Vaccination Hyderabad 1890-1903 - 1890-1903
Year: 1890
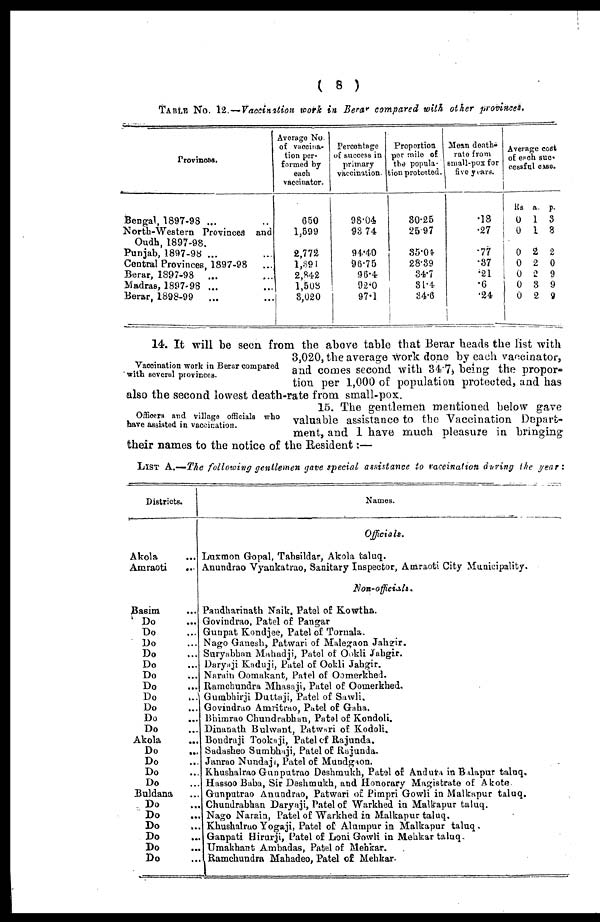
( 8 )
TABLE No. 12.—Vaccination work in Berar compared with other provinces.
Provinces.
Bengal, 1897-98 ... ..
North-Western Provinces and
Oudh, 1897-98.
Punjab, 1897-98 ... ...
Central Provinces, 1897-98 ...
Berar, 1897-98
... ...
Madras, 1897-98 ...
Berar, 1898-99
...
Average No.
of vaccina-
tion per-
formed by
each
vaccinator.
650
1,599
2,772
1,391
2,842
1,508
3,020
Percentage
of success in
primary
vaccination.
98.04
93.74
94.40
96.75
96.4
92.0
97.1
Proportion
per mile of
the popula-
tion protected.
30.25
25.97
35.04
28.89
34.7
31.4
34.6
Mean death¬
rate from
small-pox for
five years.
.18
.27
.77
.37
.21
.6
.24
Average coat
of each suc¬
cessful ease.
Rs
0
0
0
0
0
0
0
a.
1
1
2
2
2
3
2
p.
3
8
2
0
9
9
9
Vaccination work in Berar compared
with several provinces.
14. It will be seen from the above table that Berar heads the list with
3,020, the average work done by each vaccinator,
and comes second with 34.7, being the propor-
tion per 1,000 of population protected, and has
also the second lowest death-rate from small-pox.
Officers and village officials who
have assisted in vaccination.
15. The gentlemen mentioned below gave
valuable assistance to the Vaccination Depart-
ment, and 1 have much pleasure in bringing
their names to the notice of the Resident :—
LIST A.—The following gentlemen gave special assistance to vaccination during the year:
Districts.
Akola
...
Amraoti
...
Basim ...
Do
...
Do ...
Do ...
Do ...
Do ...
Do ...
Do
...
Do
...
Do ...
Do ...
Do ...
Akola
...
Do ...
Do ...
Do ...
Do ...
Buldana ...
Do ...
Do ...
Do
...
Do ...
Do ...
Do ...
Names.
Officials.
Luxmon Gopal, Tahsildar, Akola taluq.
Anundrao Vyankatrao, Sanitary Inspector, Amraoti City Municipality.
Non-officials.
Pandkarinath Naik, Patel of Kowtha.
Govindrao, Patel of Pangar
Gunpat Kondjee, Patel of Toruala.
Nago Ganesh, Patwari of Malegaon Jahgir.
Suryabhan Mahadji, Patel of Ookli Jahgir.
Daryaji Koduji, Patel of Ookli Jahgir.
Narain Oomakant, Patel of Oomerkhed.
Ramchundra Mhasaji, Patel of Oomerkhed.
Gumbhirji Duttaji, Patel of Sawli,
Govindrao Amiitrao, Patel of Gaha.
Bhimrao Chundrabhan, Patel of Kondoli.
Dinanath Bulwant, Patwari of Kodoli.
Bondraji Tooka ji, Patel of Rajunda.
Sadasheo Sumbhaji, Patel of Rajunda.
Janrao Nundaji, Patel of Mundgaon.
Khushalrao Gunputrao Deshmukh, Patel of Andura in Balapur taluq.
Hassoo Baba, Sir Deshmukh, and Honorary Magistrate of Akote
Gunputrao Anundrao, Patwari of Pimpri Gowli in Malkapur taluq.
Chundrabhan Daryaji, Patel of Warkhed in Malkapur taluq.
Nago Narain, Patel of Warkhed in Malkapur taluq.
Khushalrao Yogaji, Patel of Alumpur in Malkapur taluq.
Ganpati Hirurji, Patel of Loni Gowli in Mehkar taluq.
Umakhant Ambadas, Patel of Mehkar.
Ramchundra Mahadeo, Patel of Mehkar.